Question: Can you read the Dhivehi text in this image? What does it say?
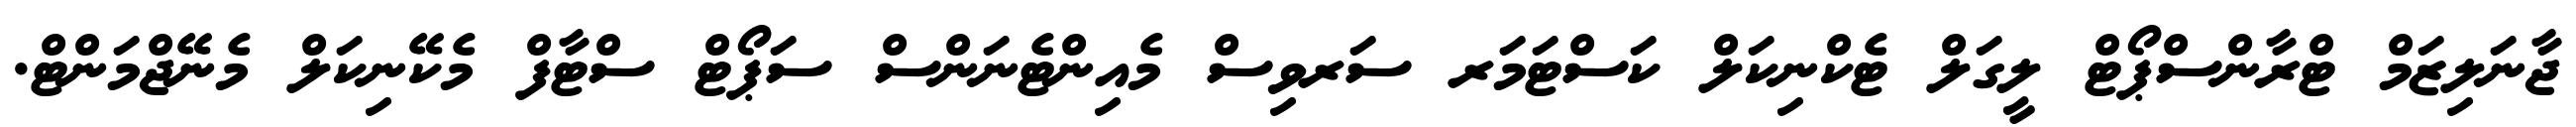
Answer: ޖާނަލިޒަމް ޓްރާންސްޕޯޓް ލީގަލް ޓެކްނިކަލް ކަސްޓަމަރ ސަރވިސް މެއިންޓެނަންސް ސަޕޯޓް ސްޓާފް މެކޭނިކަލް މެނޭޖްމަންޓް.